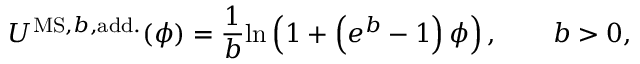
U ^ { \mathrm { M S , } b \mathrm { , a d d . } } ( \phi ) = \frac { 1 } { b } \mathrm { l n } \left( 1 + \left( e ^ { b } - 1 \right) \phi \right) , \qquad b > 0 ,